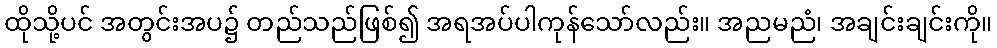
ထိုသို့ပင် အတွင်းအပ၌ တည်သည်ဖြစ်၍ အရအပ်ပါကုန်သော်လည်း။ အညမညံ၊ အချင်းချင်းကို။